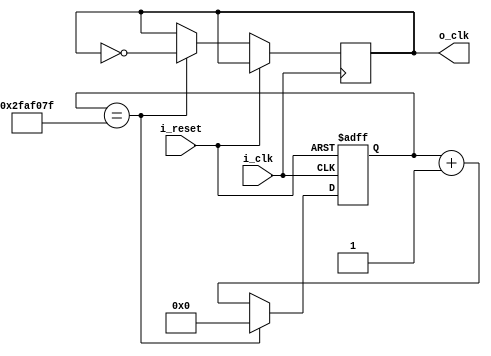
`timescale 1ns / 1ps

module clockDivider(
    input i_clk, i_reset,
    output o_clk
    );
    parameter MAX_COUNT = 50_000_000;

    reg [31:0] count = 0;
    reg r_clk = 0;
    assign o_clk = r_clk;
    
    always @(posedge i_clk or posedge i_reset) begin
        if (i_reset) begin
            count <= 0;
        end
        else begin
            if(count == MAX_COUNT - 1) begin
                r_clk <= ~r_clk;
                count <= 0;
            end
            else begin
                count <= count + 1;
            end
        end
    end
endmodule